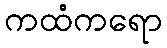
ကထံကရော